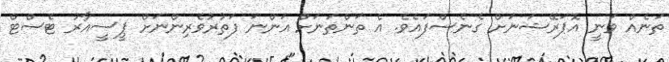
ތަނެއް ވަނީ އޮޕަރޭޝަނަށް ގެނެސްފައެވެ. އެ ތަންތަނަށް އަންނަ ފަތުރުވެރިންނަށް ޕީސީއާރު ޓެސްޓް